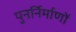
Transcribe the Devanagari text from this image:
पुनर्निर्माणों